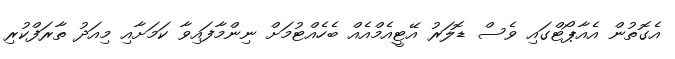
އެގޮތުން އެއާޕޯޓްގައި ވެސް ޑޮލަރު އޭޓީއެމްއެއް ބެހެއްޓުމަށް ނިންމާފައިވާ ކަމަށާއި މިއަދު ތާރަފްކުރި